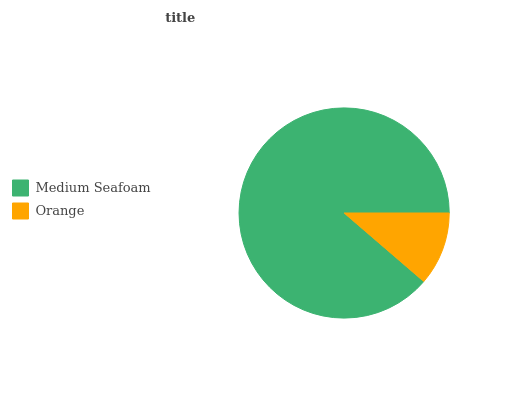
| Medium Seafoam | Orange |
 | --- | --- |
 | 88.7% | 11.3% |